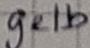
Text: gelb